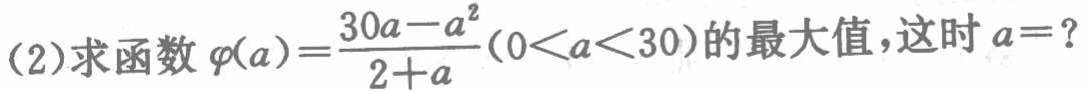
(2)求函数\(\varphi(a)=\frac{30a - a^{2}}{2 + a}(0 < a < 30)\)的最大值，这时\(a =\)？